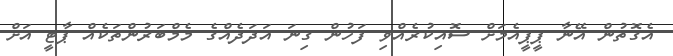
އެގޮތުން އޭނާ ޕީޕީއެމަށް ސޮއިކުރެއްވި ފަހުން ގިނަ އަދަދެއްގެ މެމްބަރުންތަކެއް ޕާޓީ އަށް